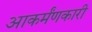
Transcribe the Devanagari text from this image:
आकर्मंणकारी